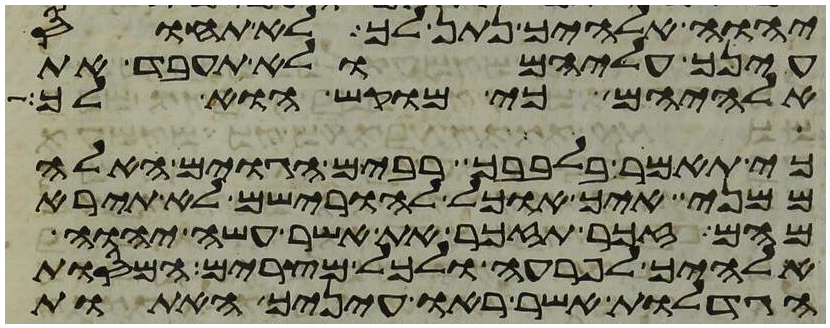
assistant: יהוה אלהיך נתן לך לא תחוס
עינך עליהם ולא תעבד את
אלהיהם כי מוקש הוא לך
כי תאמר בלבבך רבים הגוים האלה
ממני איך אוכל להורישם לא תירא
מהם זכר תזכר את אשר עשה יהוה
אלהיך לפרעה ולכל מצרים המסות
הגדלות אשר ראו עיניך האתות